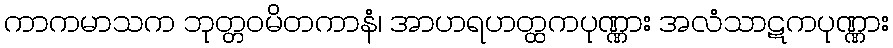
ကာကမာသက ဘုတ္တဝမိတကာနံ၊ အာဟရဟတ္ထကပုဏ္ဏား အလံသာဋကပုဏ္ဏား